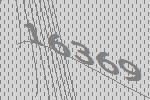
16369